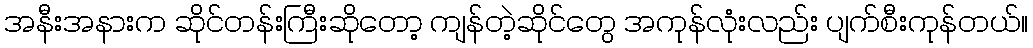
အနီးအနားက ဆိုင်တန်းကြီးဆိုတော့ ကျန်တဲ့ဆိုင်တွေ အကုန်လုံးလည်း ပျက်စီးကုန်တယ်။